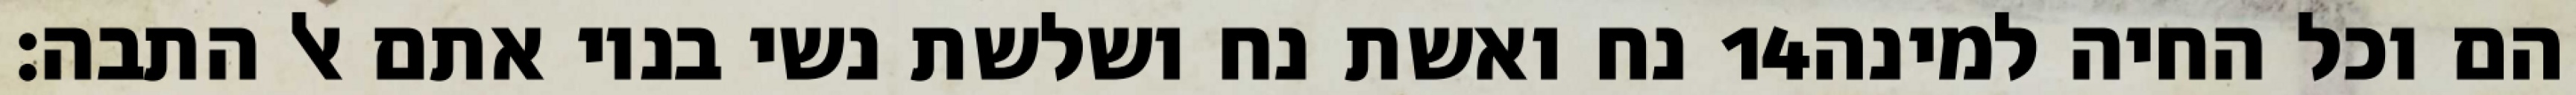
נח ואשת נח ושלשת נשי בניו אתם אל התבה׃ ‎14‏ הם וכל החיה למינה